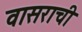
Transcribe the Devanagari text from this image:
वासराची